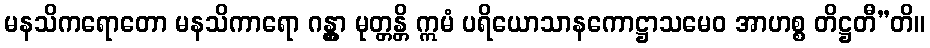
မနသိကရောတော မနသိကာရော ဂန္တွာ မုတ္တန္တိ ဣမံ ပရိယောသာနကောဋ္ဌာသမေဝ အာဟစ္စ တိဋ္ဌတီ”တိ။